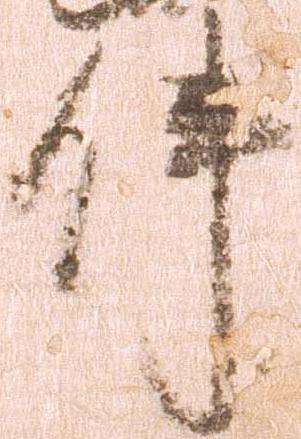
件